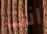
انت